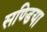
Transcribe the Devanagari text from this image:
सण्डिया